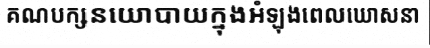
គណបក្សនយោបាយក្នុងអំឡុងពេលឃោសនា